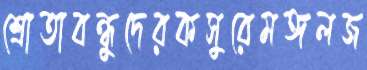
শ্রোতাবন্ধুদেরকসুরেমঙ্গলজ